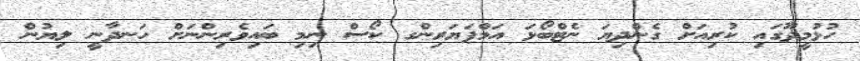
ހުޅުމީދޫގައި ކުރިއަށް ގެންދިޔަ ނެޓްބޯޅަ އަމްޕަޔަރިންގ ކޯސް ނިމި ބައިވެރިންނަށް ހަނދާނީ ލިޔުން